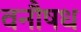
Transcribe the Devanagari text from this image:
वनौषध